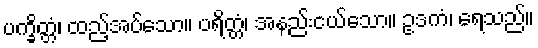
ပက္ခိတ္တံ၊ ထည့်အပ်သော။ ပရိတ္တံ၊ အနည်းငယ်သော။ ဥဒကံ၊ ရေသည်။